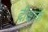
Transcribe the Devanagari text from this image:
दीक्षाके